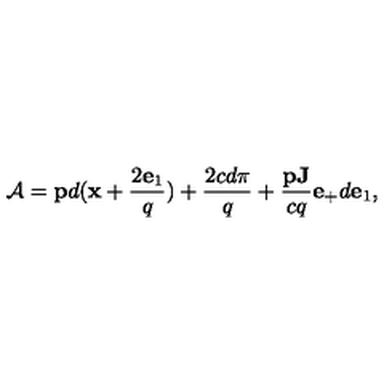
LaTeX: { \cal A } = { \bf p } d ( { \bf x } + \frac { 2 { \bf e } _ { 1 } } { q } ) + \frac { 2 c d \pi } { q } + \frac { { \bf p J } } { c q } { \bf e } _ { + } d { \bf e } _ { 1 } ,